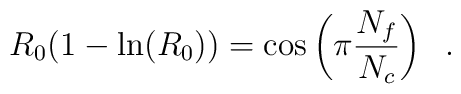
R_0 (1- \ln(R_0)) = \cos \left( \pi \frac{N_f}{N_c} \right) \;\;.